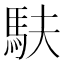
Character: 𫘆